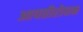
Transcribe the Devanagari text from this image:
आपत्तीरोधक